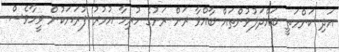
އަދި ކަންމަތީ ބައްދަލުވުންތައް ބާއްވާ ރަށް ރަށުގެ ހުރިހާ އުމުރު ފުރަޔަކުން ވީހާވެސް